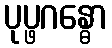
ပုပ္ဖဂန္ဓော